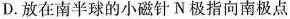
D.放在南半球的小磁针N极指向南极点